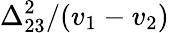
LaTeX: \Delta_{23}^{2}/(v_{1}-v_{2})